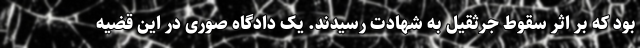
بود که بر اثر سقوط جرثقیل به شهادت رسیدند. یک دادگاه صوری در این قضیه